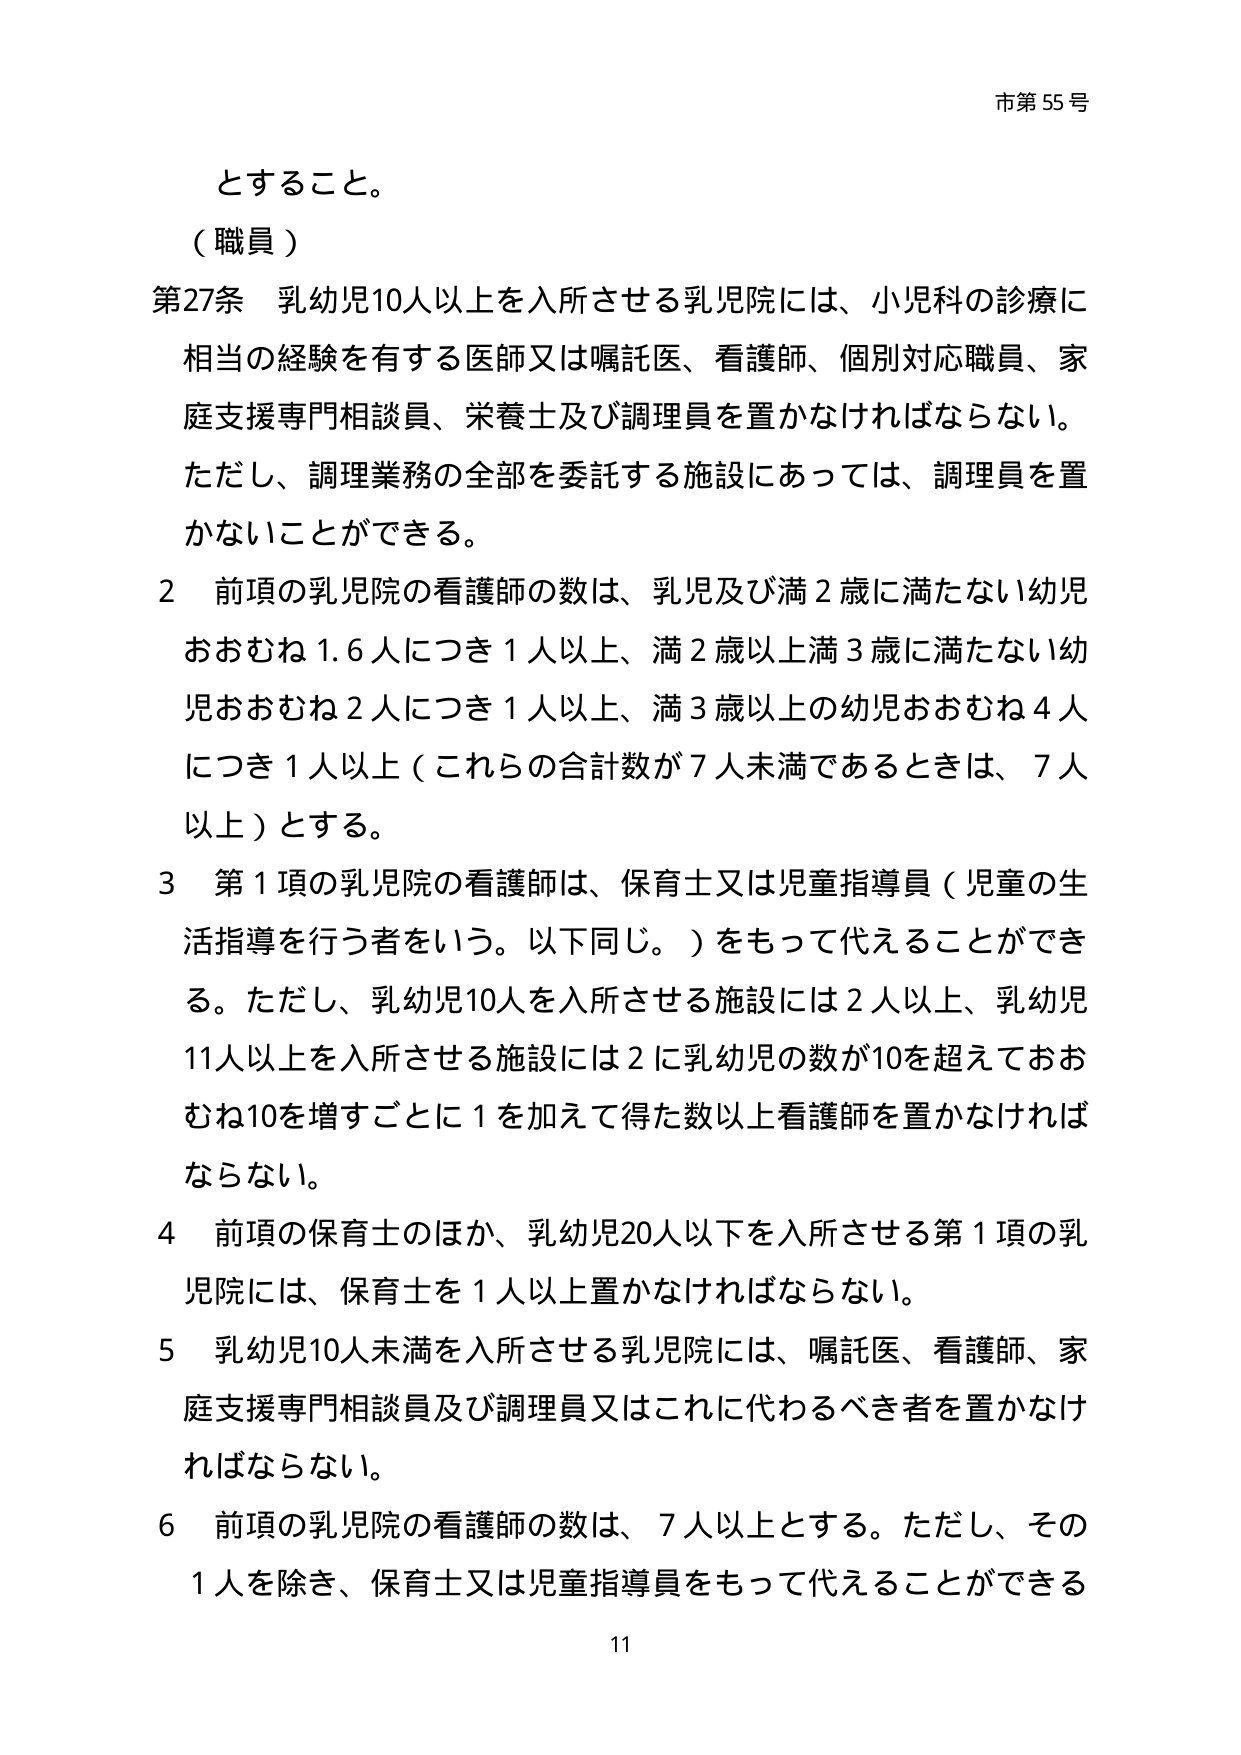
市第55号

とすること。

（職員）

第27条 乳幼児10人以上を入所させる乳児院には、小児科の診療に相当の経験を有する医師又は嘱託医、看護師、個別対応職員、家庭支援専門相談員、栄養士及び調理員を置かなければならない。ただし、調理業務の全部を委託する施設にあっては、調理員を置かないことができる。

2 前項の乳児院の看護師の数は、乳児及び満2歳に満たない幼児おおむね1.6人につき1人以上、満2歳以上満3歳に満たない幼児おおむね2人につき1人以上、満3歳以上の幼児おおむね4人につき1人以上（これらの合計数が7人未満であるときは、7人以上）とする。

3 第1項の乳児院の看護師は、保育士又は児童指導員（児童の生活指導を行う者をいう。以下同じ。）をもって代えることができる。ただし、乳幼児10人を入所させる施設には2人以上、乳幼児11人以上を入所させる施設には2に乳幼児の数が10を超えておおむね10を増すごとに1を加えて得た数以上看護師を置かなければならない。

4 前項の保育士のほか、乳幼児20人以下を入所させる第1項の乳児院には、保育士を1人以上置かなければならない。

5 乳幼児10人未満を入所させる乳児院には、嘱託医、看護師、家庭支援専門相談員及び調理員又はこれに代わるべき者を置かなければならない。

6 前項の乳児院の看護師の数は、7人以上とする。ただし、その1人を除き、保育士又は児童指導員をもって代えることができる

11